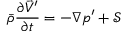
\bar { \rho } \frac { \partial \vec { V } ^ { \prime } } { \partial t } = - \nabla p ^ { \prime } + \mathcal { S }